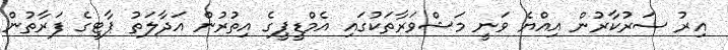
އިރު ސަރުކާރުން އިއްޔެ ވަނީ މަޝްވަރާތަކުގައި އެމްޑީޕީގެ އިތުރުން އަދާލަތު ޕާޓީގެ ފަރާތުން